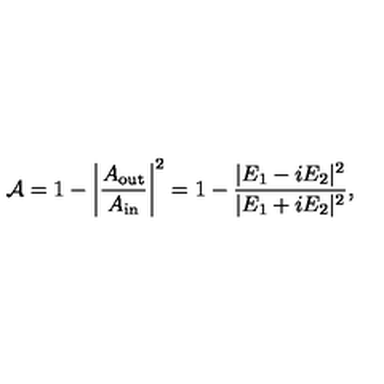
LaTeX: { \cal A } = 1 - \left| { \frac { A _ { \mathrm { o u t } } } { A _ { \mathrm { i n } } } } \right| ^ { 2 } = 1 - { \frac { | E _ { 1 } - i E _ { 2 } | ^ { 2 } } { | E _ { 1 } + i E _ { 2 } | ^ { 2 } } } ,